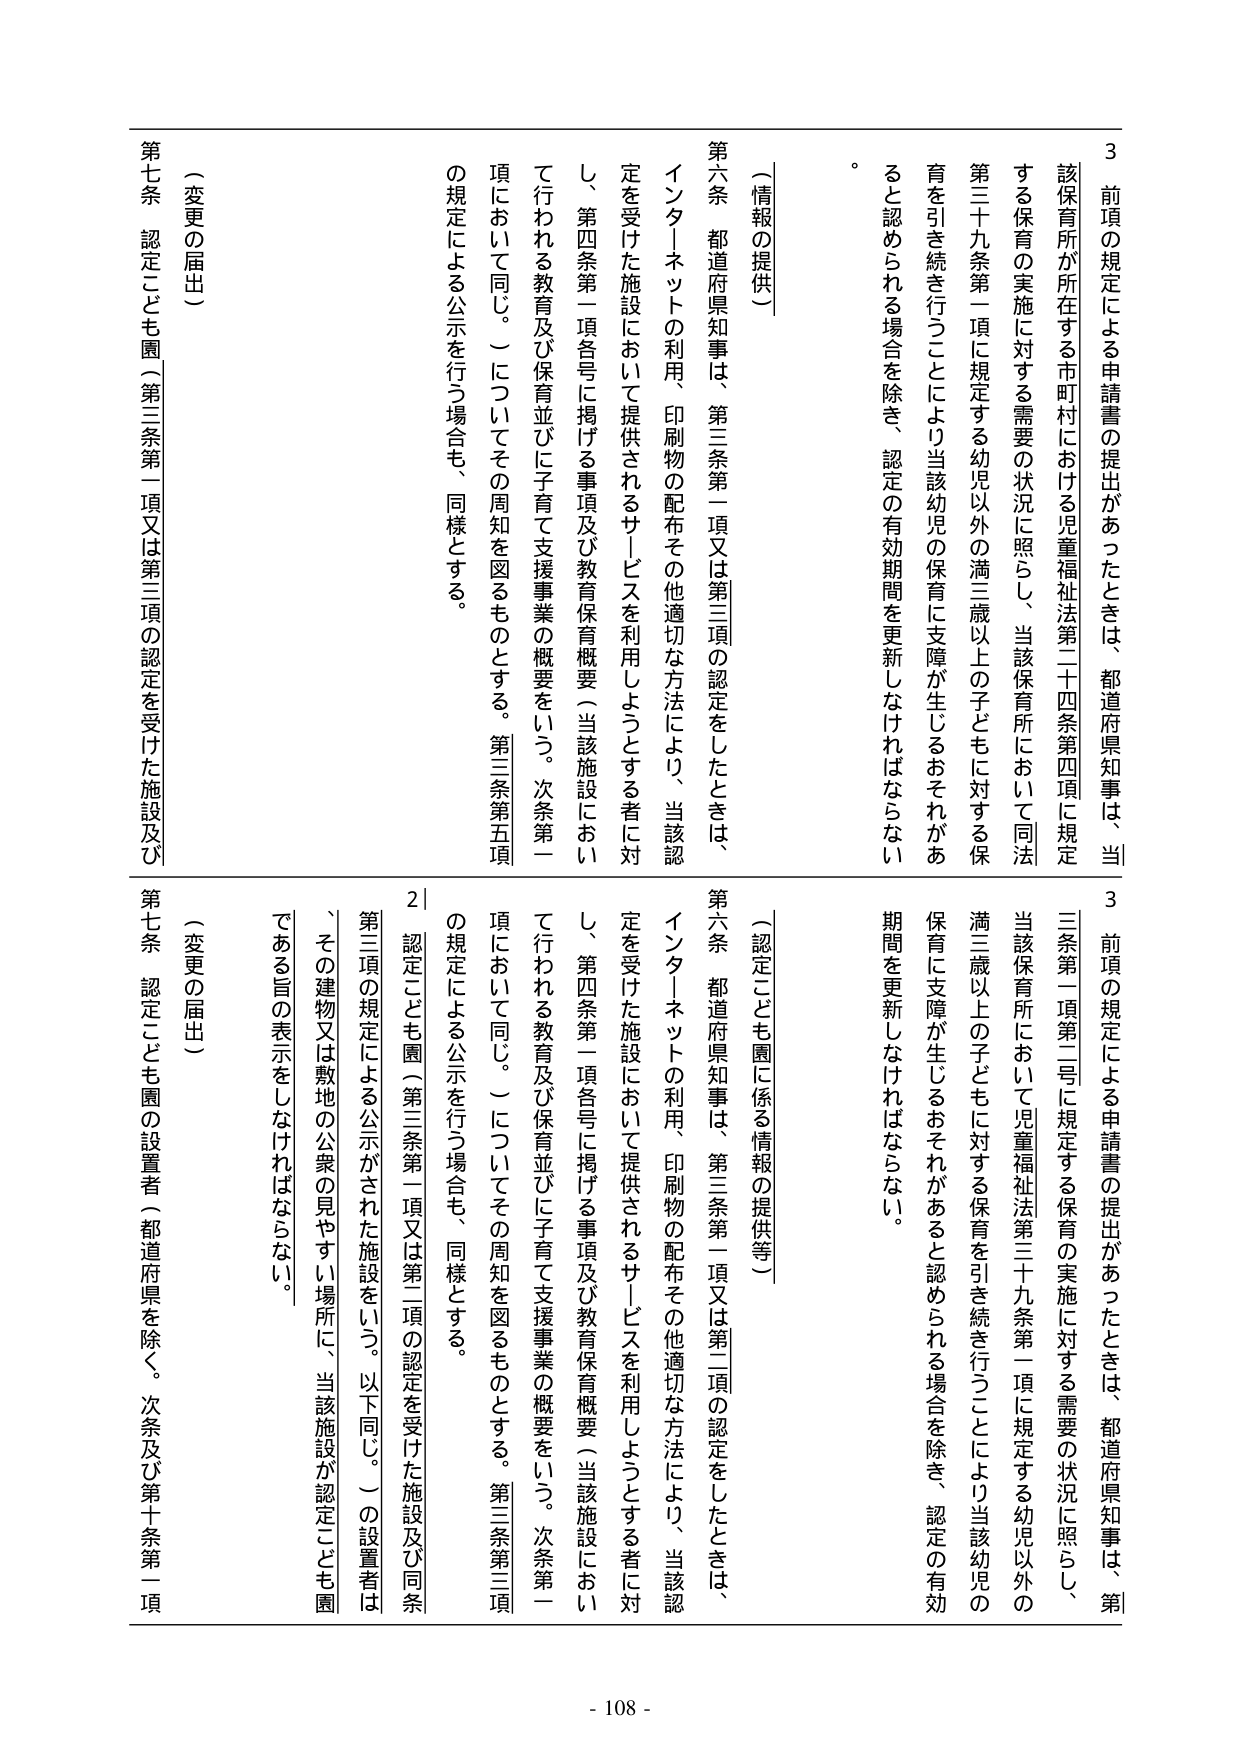
3 前項の規定による申請書の提出があったときは、都道府県知事は、当該保育所が所在する市町村における児童福祉法第二十四条第四項に規定する保育の実施に対する需要の状況に照らし、当該保育所において同法第三十九条第一項に規定する幼児以外の満三歳以上の子どもに対する保育を引き続き行うことにより当該幼児の保育に支障が生じるおそれがあると認められる場合を除き、認定の有効期間を更新しなければならない。

（情報の提供）

第六条 都道府県知事は、第三条第一項又は第三項の認定をしたときは、インターネットの利用、印刷物の配布その他適切な方法により、当該認定を受けた施設において提供されるサービスを利用しようとする者に対して行われる教育及び保育並びに子育て支援事業の概要をいう。次条第一項において同じ。）についてその周知を図るものとする。第三条第五項の規定による公示を行う場合も、同様とする。

（変更の届出）

第七条 認定こども園（第三条第一項又は第三項の認定を受けた施設及び

3 前項の規定による申請書の提出があったときは、都道府県知事は、第三条第一項第二号に規定する保育の実施に対する需要の状況に照らし、当該保育所において児童福祉法第三十九条第一項に規定する幼児以外の満三歳以上の子どもに対する保育を引き続き行うことにより当該幼児の保育に支障が生じるおそれがあると認められる場合を除き、認定の有効期間を更新しなければならない。

（認定こども園に係る情報の提供等）

第六条 都道府県知事は、第三条第一項又は第二項の認定をしたときは、インターネットの利用、印刷物の配布その他適切な方法により、当該認定を受けた施設において提供されるサービスを利用しようとする者に対して行われる教育及び保育並びに子育て支援事業の概要をいう。次条第一項において同じ。）についてその周知を図るものとする。第三条第三項の規定による公示を行う場合も、同様とする。

2 認定こども園（第三条第一項又は第二項の認定を受けた施設及び同条第三項の規定による公示がされた施設をいう。以下同じ。）の設置者は、その建物又は敷地の公衆の見やすい場所に、当該施設が認定こども園である旨の表示をしなければならない。

（変更の届出）

第七条 認定こども園の設置者（都道府県を除く。次条及び第十条第一項

- 108 -